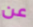
عن